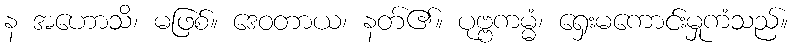
န အဟောသိ၊ မဖြစ်။ ဒေဝတာယ၊ နတ်၏။ ပုဗ္ဗကမ္မံ၊ ရှေးမကောင်းမှုကံသည်။